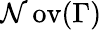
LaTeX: \operatorname{\mathcal{N}ov}(\Gamma)